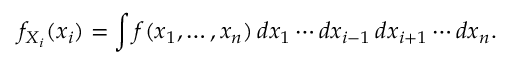
f _ { X _ { i } } ( x _ { i } ) = \int f ( x _ { 1 } , \ldots , x _ { n } ) \, d x _ { 1 } \cdots d x _ { i - 1 } \, d x _ { i + 1 } \cdots d x _ { n } .